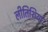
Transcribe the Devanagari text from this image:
लीतिशिया